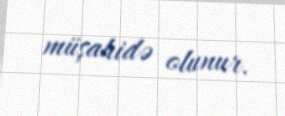
müşahidə olunur.